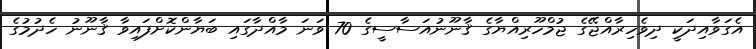
އެގަވާއިދަކީ ދިވެހިރާއްޖޭގެ ޖުމްހޫރިއްޔާގެ ޤާނޫނުއަސާސީގެ 70 ވަނަ މާއްދާގައި ބަޔާންކޮށްފައިވާ ޤާނޫނު ހެދުމުގެ